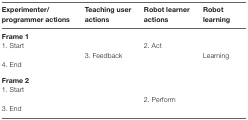
| Experimenter/programmer actions | Teaching user actions | Robot learner actions | Robot learning |
 | --- | --- | --- | --- |
 | <COLSPAN=4> Frame 1 |
 | 1. Start |  | 2. Act |  |
 |  | 3. Feedback |  | Learning |
 | 4. End |  |  |  |
 | <COLSPAN=4> Frame 2 |
 | 1. Start |  |  |  |
 |  |  | 2. Perform |  |
 | 3. End |  |  |  |